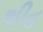
શીહ